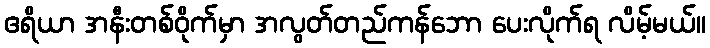
ဧရိယာ အနီးတစ်ဝိုက်မှာ အလွတ်တည်ကန်ဘော ပေးလိုက်ရ လိမ့်မယ်။